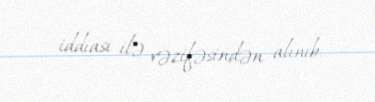
iddiası ilə vəzifəsindən alınıb.